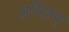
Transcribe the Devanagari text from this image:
तमिरम्